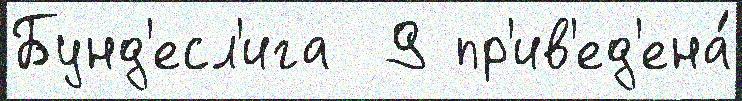
Бунд'есл'ига  9 пр'ив'ед'ена́